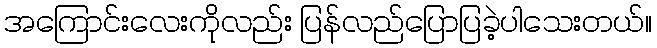
အကြောင်းလေးကိုလည်း ပြန်လည်ပြောပြခဲ့ပါသေးတယ်။